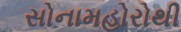
સોનામહોરોથી